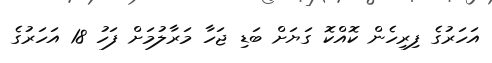
އަހަރުގެ ފިރިހެން ކޮއްކޮ ގަޔަށް ބަޑި ޖަހާ މަރާލުމަށް ފަހު 18 އަހަރުގެ